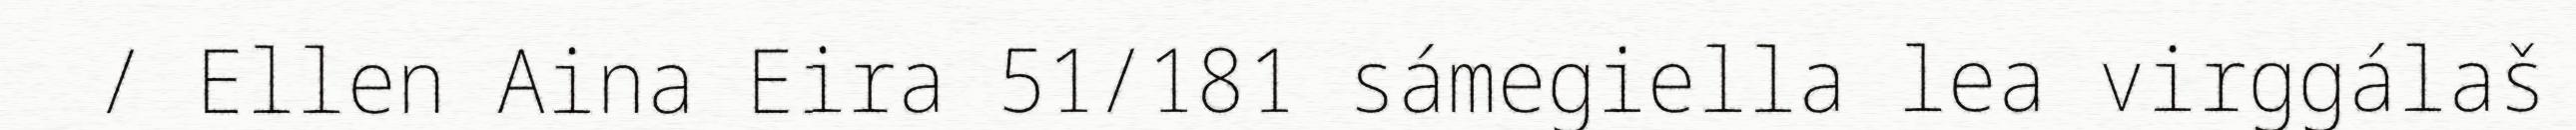
/ Ellen Aina Eira 51/181 sámegiella lea virggálaš